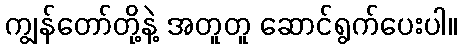
ကျွန်တော်တို့နဲ့ အတူတူ ဆောင်ရွက်ပေးပါ။